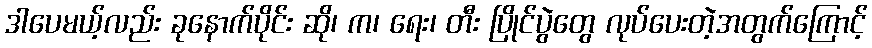
ဒါပေမယ့်လည်း ခုနောက်ပိုင်း ဆို၊ က၊ ရေး၊ တီး ပြိုင်ပွဲတွေ လုပ်ပေးတဲ့အတွက်ကြောင့်